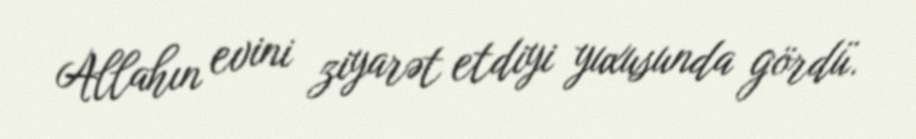
Allahın evini ziyarət etdiyi yuxusunda gördü.